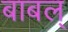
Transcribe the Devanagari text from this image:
बाबल्